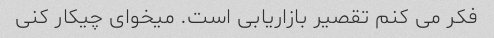
فکر می کنم تقصیر بازاریابی است. میخوای چیکار کنی